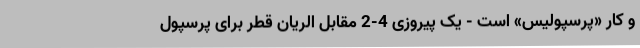
و کار «پرسپولیس» است - یک پیروزی 4-2 مقابل الریان قطر برای پرسپول